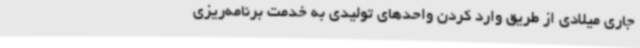
جاری میلادی از طریق وارد کردن واحدهای تولیدی به خدمت برنامه‌ریزی